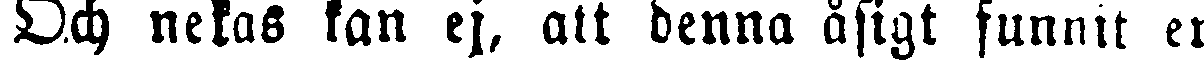
Och nekas kan ej, att denna åsigt funnit en